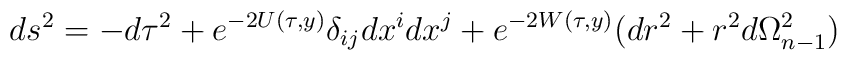
ds^2 = - d\tau^2+e^{-2U(\tau, y)}\delta_{ij}dx^idx^j+e^{-2W(\tau, y)} (dr^2+r^2d\Omega_{n-1}^2)